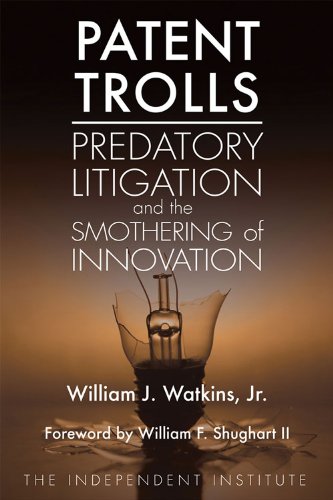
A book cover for Patent Trolls: Predatory Litigation and the Smothering of Innovation; William J. Watkins Jr.; Law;